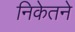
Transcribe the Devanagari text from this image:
निकेतने